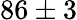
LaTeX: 86\pm 3